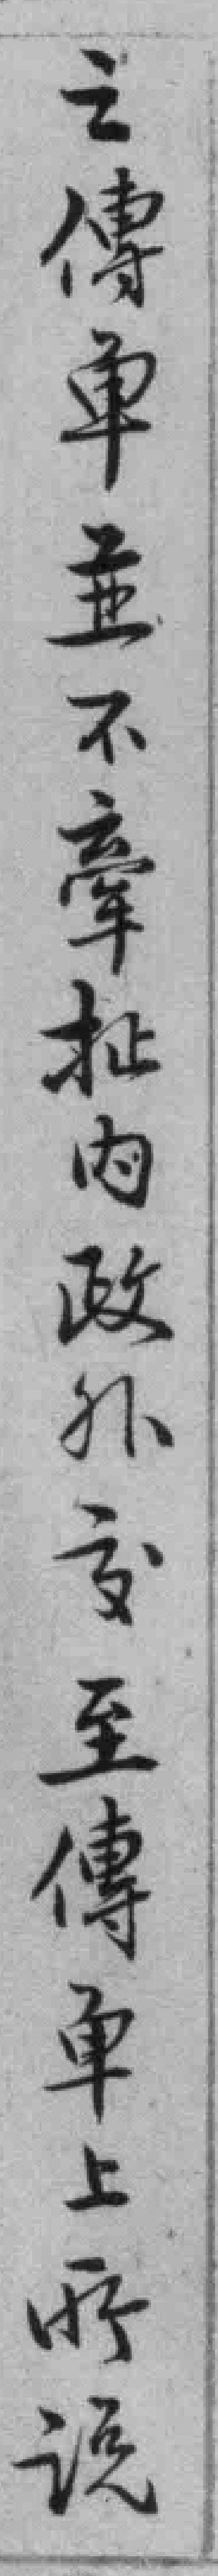
之傳单並不牽批内政外交至傳单上所说